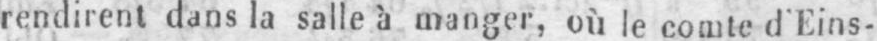
rendirent dans la salle à manger, où le comte d’Eins-